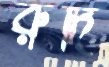
রুদি